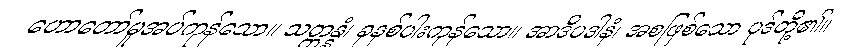
ဟောတော်မူအပ်ကုန်သော။ သတ္တန္နံ၊ ခုနစ်ပါးကုန်သော။ အာဒိပဒါနံ၊ အစဖြစ်သော ပုဒ်တို့၏။